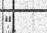
١٧